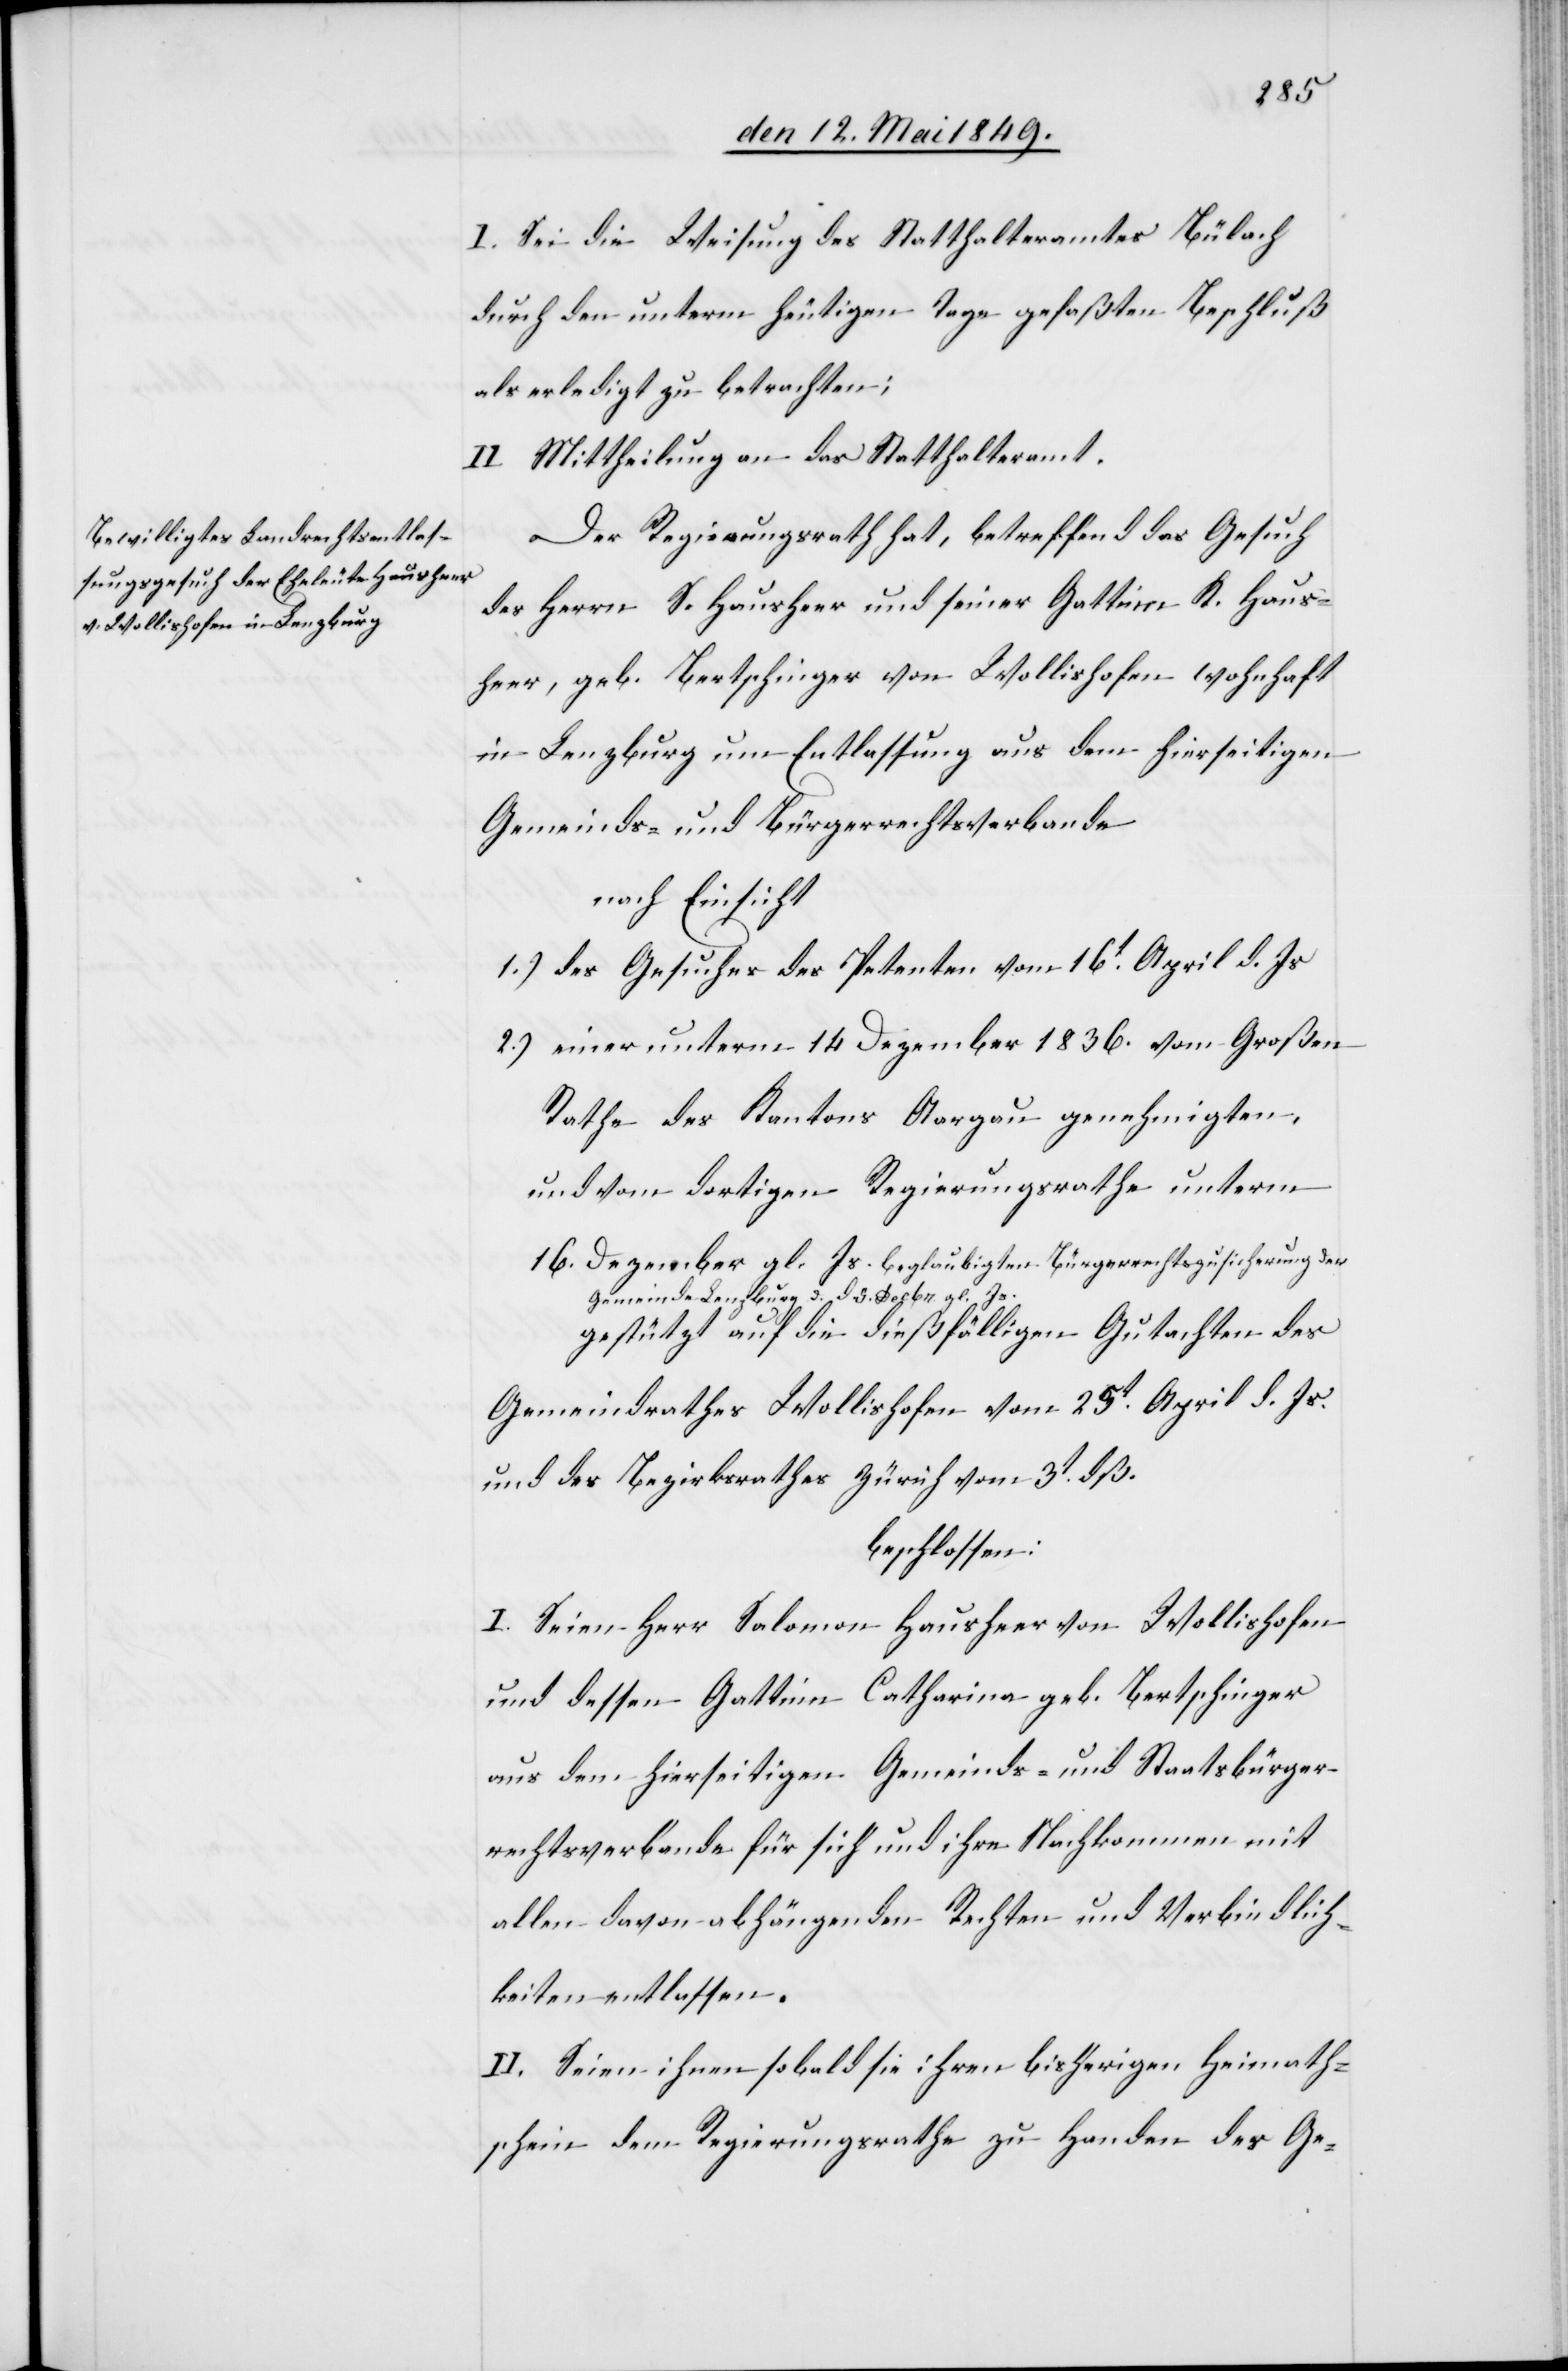
I. Sei die Weisung des Statthalteramtes Bülach
durch den unterm heutigen Tage gefaßten Beschluß
als erledigt zu betrachten;
II. Mittheilung an das Statthalteramt.
Der Regierungsrath hat, betreffend das Gesuch
des Herrn S. Hausheer und seiner Gattin K. Haus¬
heer, geb. Bertschinger von Wollishofen wohnhaft
in Lenzburg um Entlassung aus dem hierseitigen
Gemeinds- und Bürgerrechtsverbande
nach Einsicht
1.) des Gesuches des Petenten vom 16t April d. Js
2.) einer unterm 14 Dezember 1836. vom Großen
Rathe des Kantons Aargau genehmigten,
und vom dortigen Regierungsrathe unterm
16. Dezember gl. Js. beglaubigten Bürgerrechtszusicherung der
Gemeinde Lenzburg u. d. 5. Decbr. gl. Js.
gestützt auf die dießfälligen Gutachten des
Gemeindrathes Wollishofen vom 25t April d. Js.
und des Bezirksrathes Zürich vom 3t dß.
beschlossen:
I. Seien Herr Salomon Hausheer von Wollishofen
und dessen Gattinn Catharina geb. Bertschinger
aus dem hierseitigen Gemeinds- und Staatsbürger¬
rechtsverbande für sich und ihre Nachkommen mit
allen davon abhängenden Rechten und Verbindlich¬
keiten entlassen.
II. Seien ihnen sobald sie ihren bisherigen Heimath¬
schein dem Regierungsrathe zu Handen des Ge-